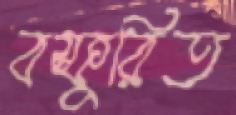
বস্ফুরিত